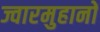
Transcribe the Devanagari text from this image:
ज्वारमुहानों